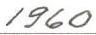
1960